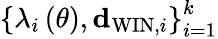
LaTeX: \left\{ \lambda_{i}\left(\theta\right),{\mathbf d}_{\mathrm{WIN},i}\right\} _{i=1}^{k}